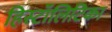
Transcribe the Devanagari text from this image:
हिस्टॉलिटिका